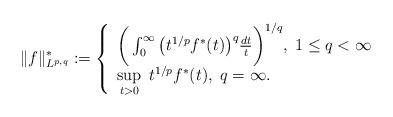
LaTeX: \begin{align*} \|f\|^{*}_{L^{p,q}}:= \left\{ \begin{array}{l} \bigg(\int_0^{\infty} \big(t^{1/p}f^{*}(t) \big)^{q}\frac{dt}{t}\bigg)^{1/q},\;1\leq q<\infty\\ \sup\limits_{t>0}\; t^{1/p}f^{*}(t), \;q=\infty. \end{array} \right. \end{align*}